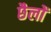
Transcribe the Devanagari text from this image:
छैलों